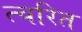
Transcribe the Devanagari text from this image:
त्चरित